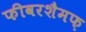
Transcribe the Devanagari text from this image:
फीवरशैमफ़